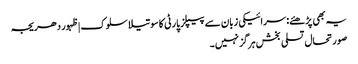
یہ بھی پڑھئے: سرائیکی زبان سے پیپلز پارٹی کا سوتیلا سلوک | ظہور دھریجہ
صورتحال تسلی بخش ہرگز نہیں۔